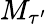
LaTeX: M_{\tau^{\prime}}